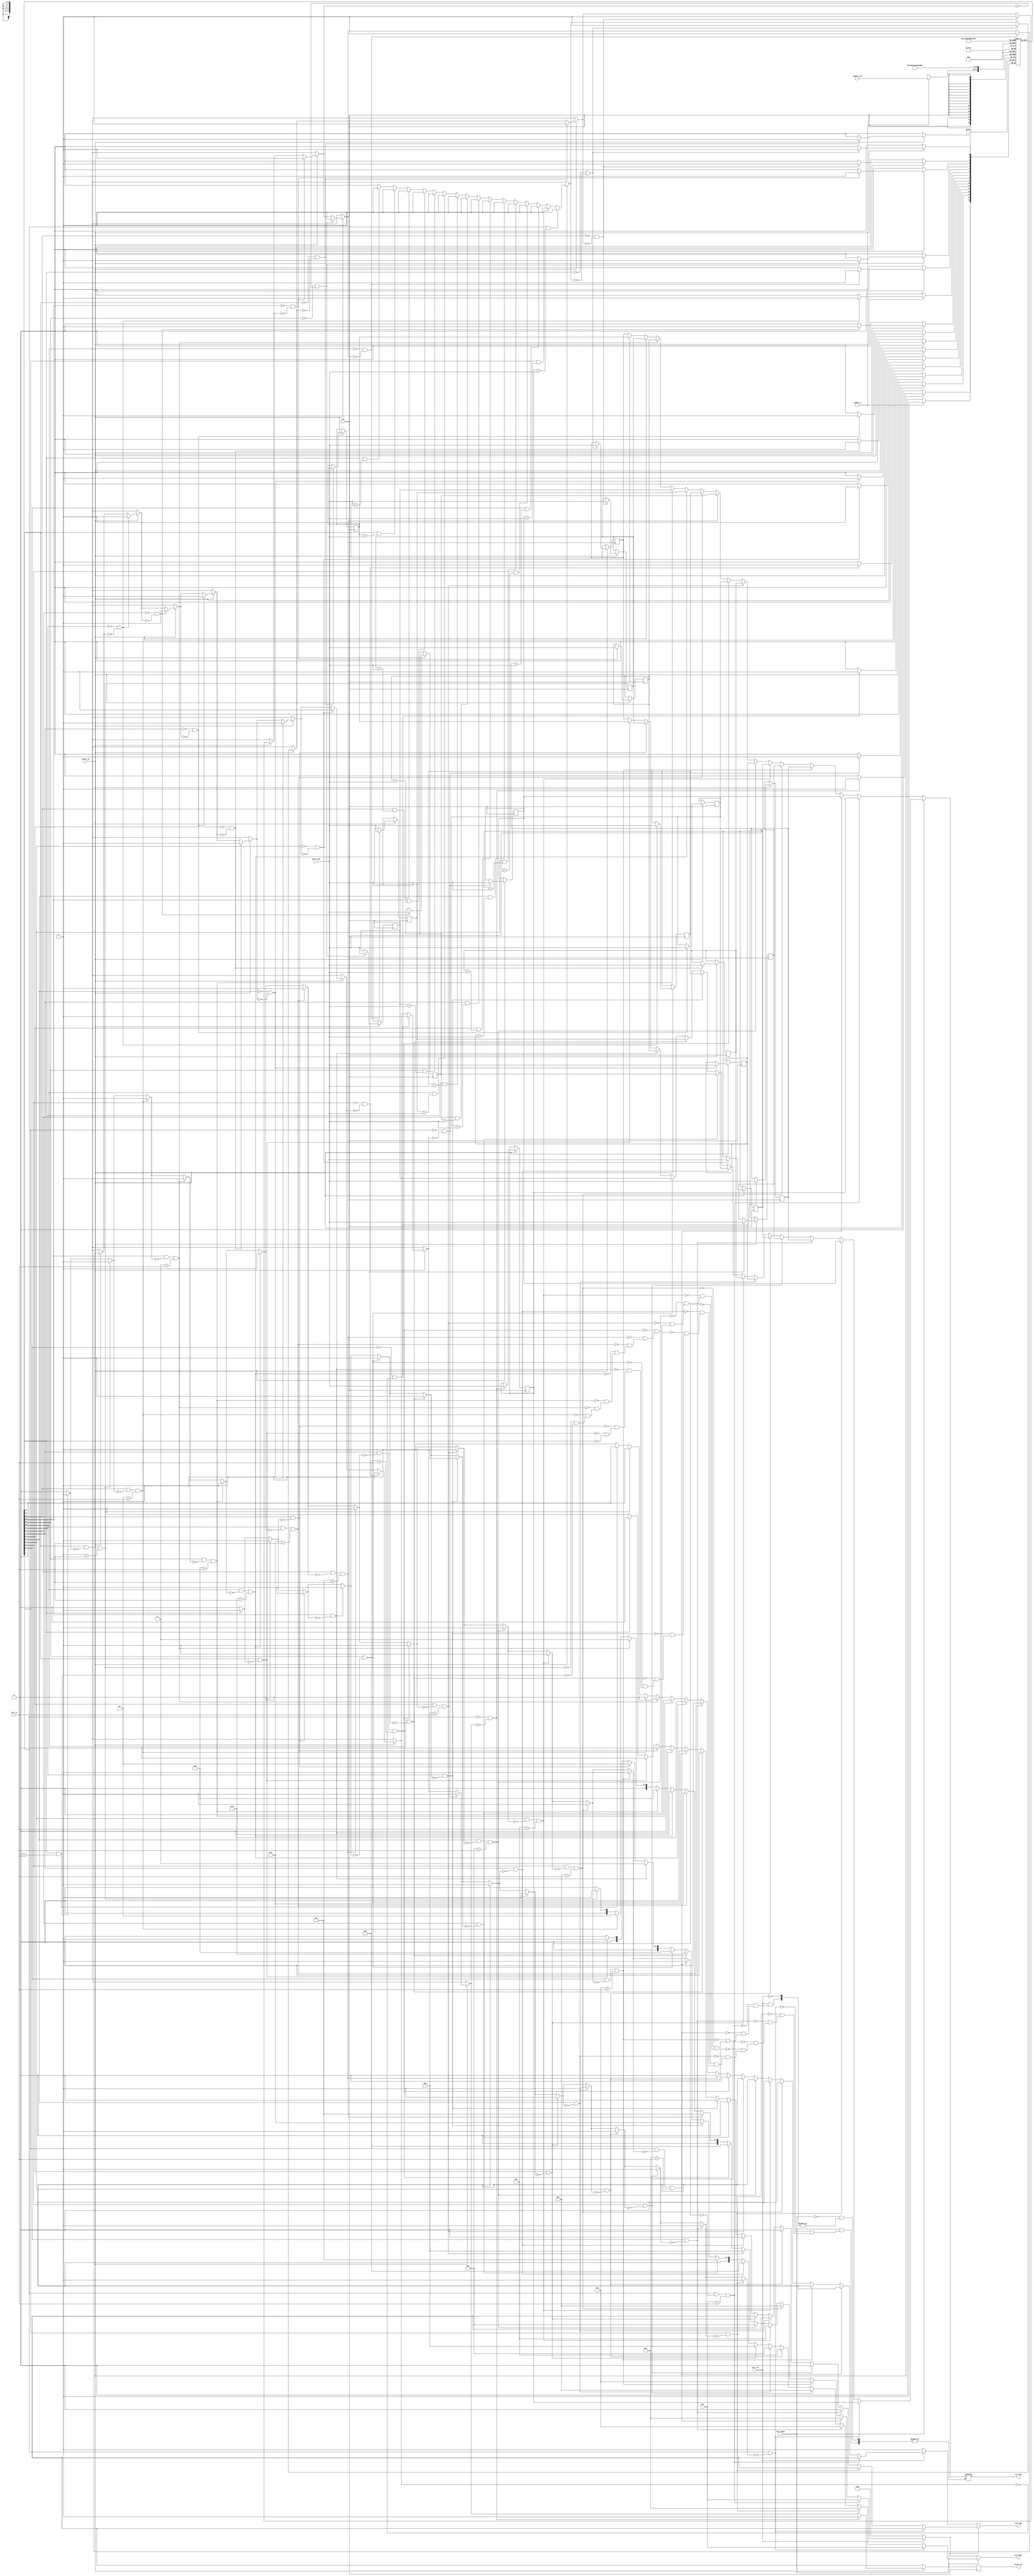
module UnorderedSet #(
	parameter DEPTH			= 16,	//number of elements in the set
	parameter ITER_SIZE		= 4,	//must be clog2(DEPTH)

	parameter KEY_SIZE		= 16	//Size of a single key element in bits
) (
	input wire					clk,

	input wire					insert_en,		//assert to add a new element
	input wire[KEY_SIZE-1:0]	insert_key,		//the element to insert
	output reg					insert_ok = 0,	//goes high after 1 cycle on successful insert
												//stays low to indicate the set is full

	input wire					iter_inc,		//assert to increment the iterator at iter_in
	input wire					iter_begin,		//assert to look up the first element in the set, ignoring iter_in
	input wire[ITER_SIZE-1:0]	iter_in,		//previous value of the iterator
	output reg					iter_end = 0,	//true if we hit the end (iter_next not valid)
	output reg[ITER_SIZE-1:0]	iter_next = 0,	//next value of the iterator
	output reg[KEY_SIZE-1:0]	iter_key = 0,	//key associated with this iterator

	input wire					remove_en,		//assert to clear an item by iterator (remove by key not supported)
	input wire[ITER_SIZE-1:0]	remove_iter		//the iterator to remove
);

	////////////////////////////////////////////////////////////////////////////////////////////////////////////////////
	// The actual storage array

	integer i;

	reg					slot_valid[DEPTH-1:0];
	reg[KEY_SIZE-1:0]	slot_key[DEPTH-1:0];

	initial begin
		for(i=0; i<DEPTH; i=i+1) begin
			slot_valid[i]	<= 0;
			slot_key[i]		<= 0;
		end
	end

	////////////////////////////////////////////////////////////////////////////////////////////////////////////////////
	// Iterator management. This is combinatorial so external registers can be used.

	reg		hit = 0;

	always @(*) begin

		iter_end		<= 1;		//Default to "end of set, iterator not valid"
		iter_next		<= 0;

		hit				= 0;

		//When RESETTING the iterator: find the first valid element
		if(iter_begin) begin
			for(i=0; i<DEPTH; i=i+1) begin
				if(slot_valid[i] && !hit) begin
					hit			= 1;
					iter_end	<= 0;
					iter_next	<= i;
					iter_key	<= slot_key[i];
				end
			end
		end

		//When INCREMENTING the iterator: find the first valid element with index >= iter_in
		else if(iter_inc) begin
			for(i=0; i<DEPTH; i=i+1) begin
				if(slot_valid[i] && !hit && (i > iter_in) ) begin
					hit			= 1;
					iter_end	<= 0;
					iter_next	<= i;
					iter_key	<= slot_key[i];
				end
			end
		end

	end

	////////////////////////////////////////////////////////////////////////////////////////////////////////////////////
	// Insertion/removal

	always @(posedge clk) begin

		insert_ok		= 0;

		//Process inserts
		if(insert_en) begin

			//Check if the key is already in the set. If so, no action needed.
			for(i=0; i<DEPTH; i=i+1) begin
				if(slot_valid[i] && (slot_key[i] == insert_key) ) begin
					insert_ok		= 1;
				end
			end

			//If not in the set, insert it.
			for(i=0; i<DEPTH; i=i+1) begin
				if(!slot_valid[i] && !insert_ok) begin
					insert_ok		= 1;
					slot_valid[i]	<= 1;
					slot_key[i]		<= insert_key;
				end
			end

		end

		//Process removal
		if(remove_en)
			slot_valid[remove_iter]	<= 0;

	end


endmodule